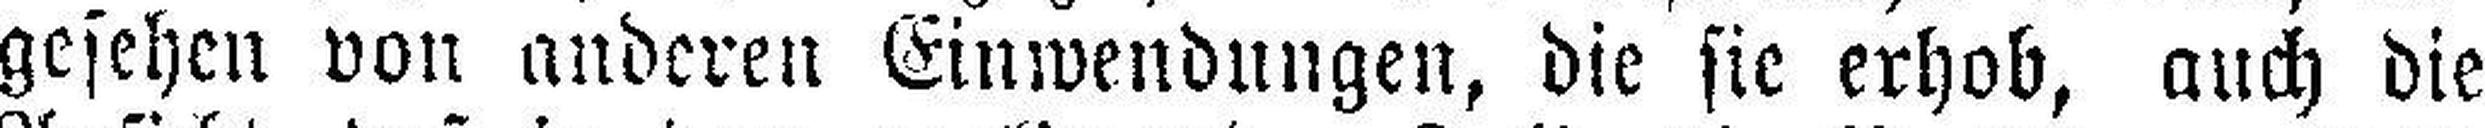
gesehen von anderen Einwendungen, die sic erhob, auch die